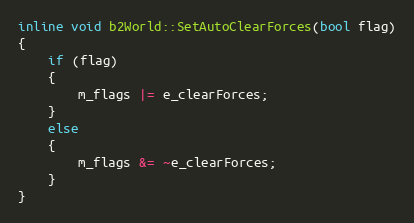
Language: C
inline void b2World::SetAutoClearForces(bool flag)
{
	if (flag)
	{
		m_flags |= e_clearForces;
	}
	else
	{
		m_flags &= ~e_clearForces;
	}
}